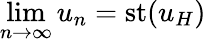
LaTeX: \operatorname*{lim}_{n\to\infty}u_{n}={\mathrm{st}}(u_{H})